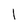
Character: l